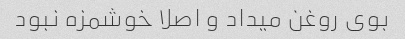
بوی روغن میداد و اصلا خوشمزه نبود